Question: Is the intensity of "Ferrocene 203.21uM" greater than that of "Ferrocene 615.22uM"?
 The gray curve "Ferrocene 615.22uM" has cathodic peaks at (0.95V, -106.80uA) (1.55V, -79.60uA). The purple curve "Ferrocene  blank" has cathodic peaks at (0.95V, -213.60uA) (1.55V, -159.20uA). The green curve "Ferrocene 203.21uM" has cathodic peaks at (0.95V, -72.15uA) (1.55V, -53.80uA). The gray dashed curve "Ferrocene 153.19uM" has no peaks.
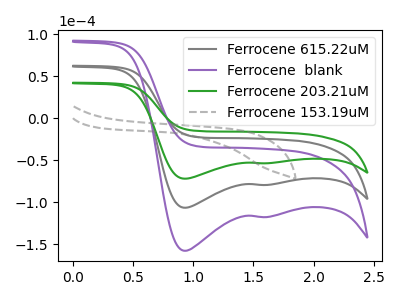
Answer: <think>All the peaks in "Ferrocene 203.21uM" have a peak in "Ferrocene 615.22uM" at the same potential. Every peak in "Ferrocene 203.21uM" is lower than every peak in "Ferrocene 615.22uM".
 </think>
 <answer>"Ferrocene 203.21uM" has less signal than "Ferrocene 615.22uM".</answer>
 <eval>less_signal</eval>